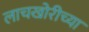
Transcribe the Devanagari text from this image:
लाचखोरीच्या